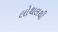
લોથલથી